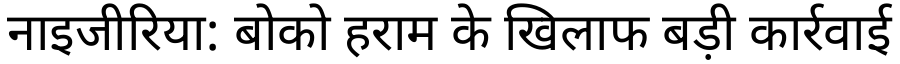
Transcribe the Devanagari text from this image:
नाइजीरिया: बोको हराम के खिलाफ बड़ी कार्रवाई